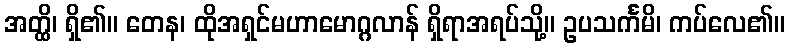
အတ္ထိ၊ ရှိ၏။ တေန၊ ထိုအရှင်မဟာမောဂ္ဂလာန် ရှိရာအရပ်သို့။ ဥပသင်္ကမိ၊ ကပ်လေ၏။